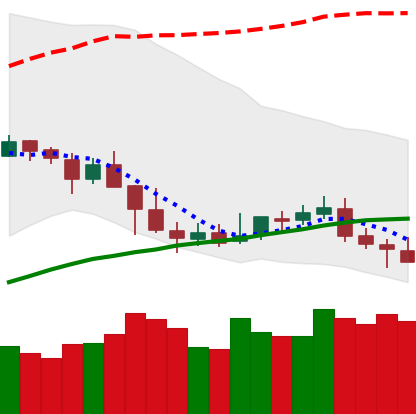
Ticker: NEO-USD
Chart end date: 2019-05-07
Forward return: 4.383%
Label: up_3_5